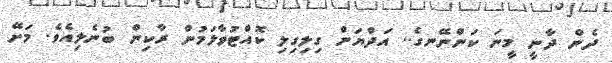
ދެން ދާނީ މީނަ ކަންނޭނގެ.. އަދްޔަން ގިލިގިލި ކޮއްޓުވާލަމުން ރާކިން ބުނެލިއެވެ. މަށޭ